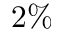
2 \%